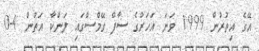
އޭގެ އިތުރުން 1999 ވަނަ އަހަރުގެ ސާފް ގޭމްސްގައި ލަންކާ އަތުން 4-0